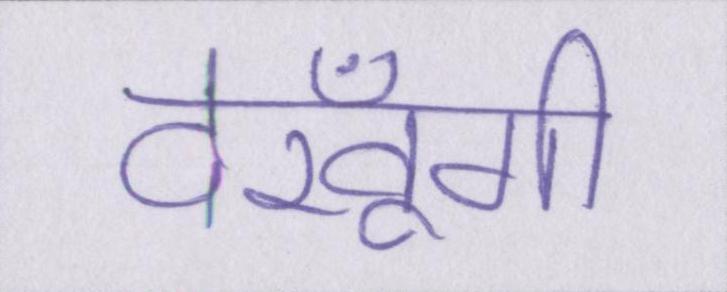
देखूँगी